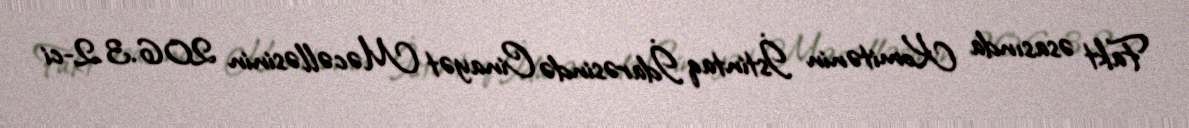
Fakt əsasında Komitənin İstintaq İdarəsində Cinayət Məcəlləsinin 206.3.2-ci